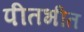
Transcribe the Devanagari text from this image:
पीतभीत